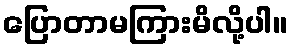
ပြောတာမကြားမိလို့ပါ။